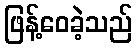
ဖြန့်ဝေခဲ့သည်